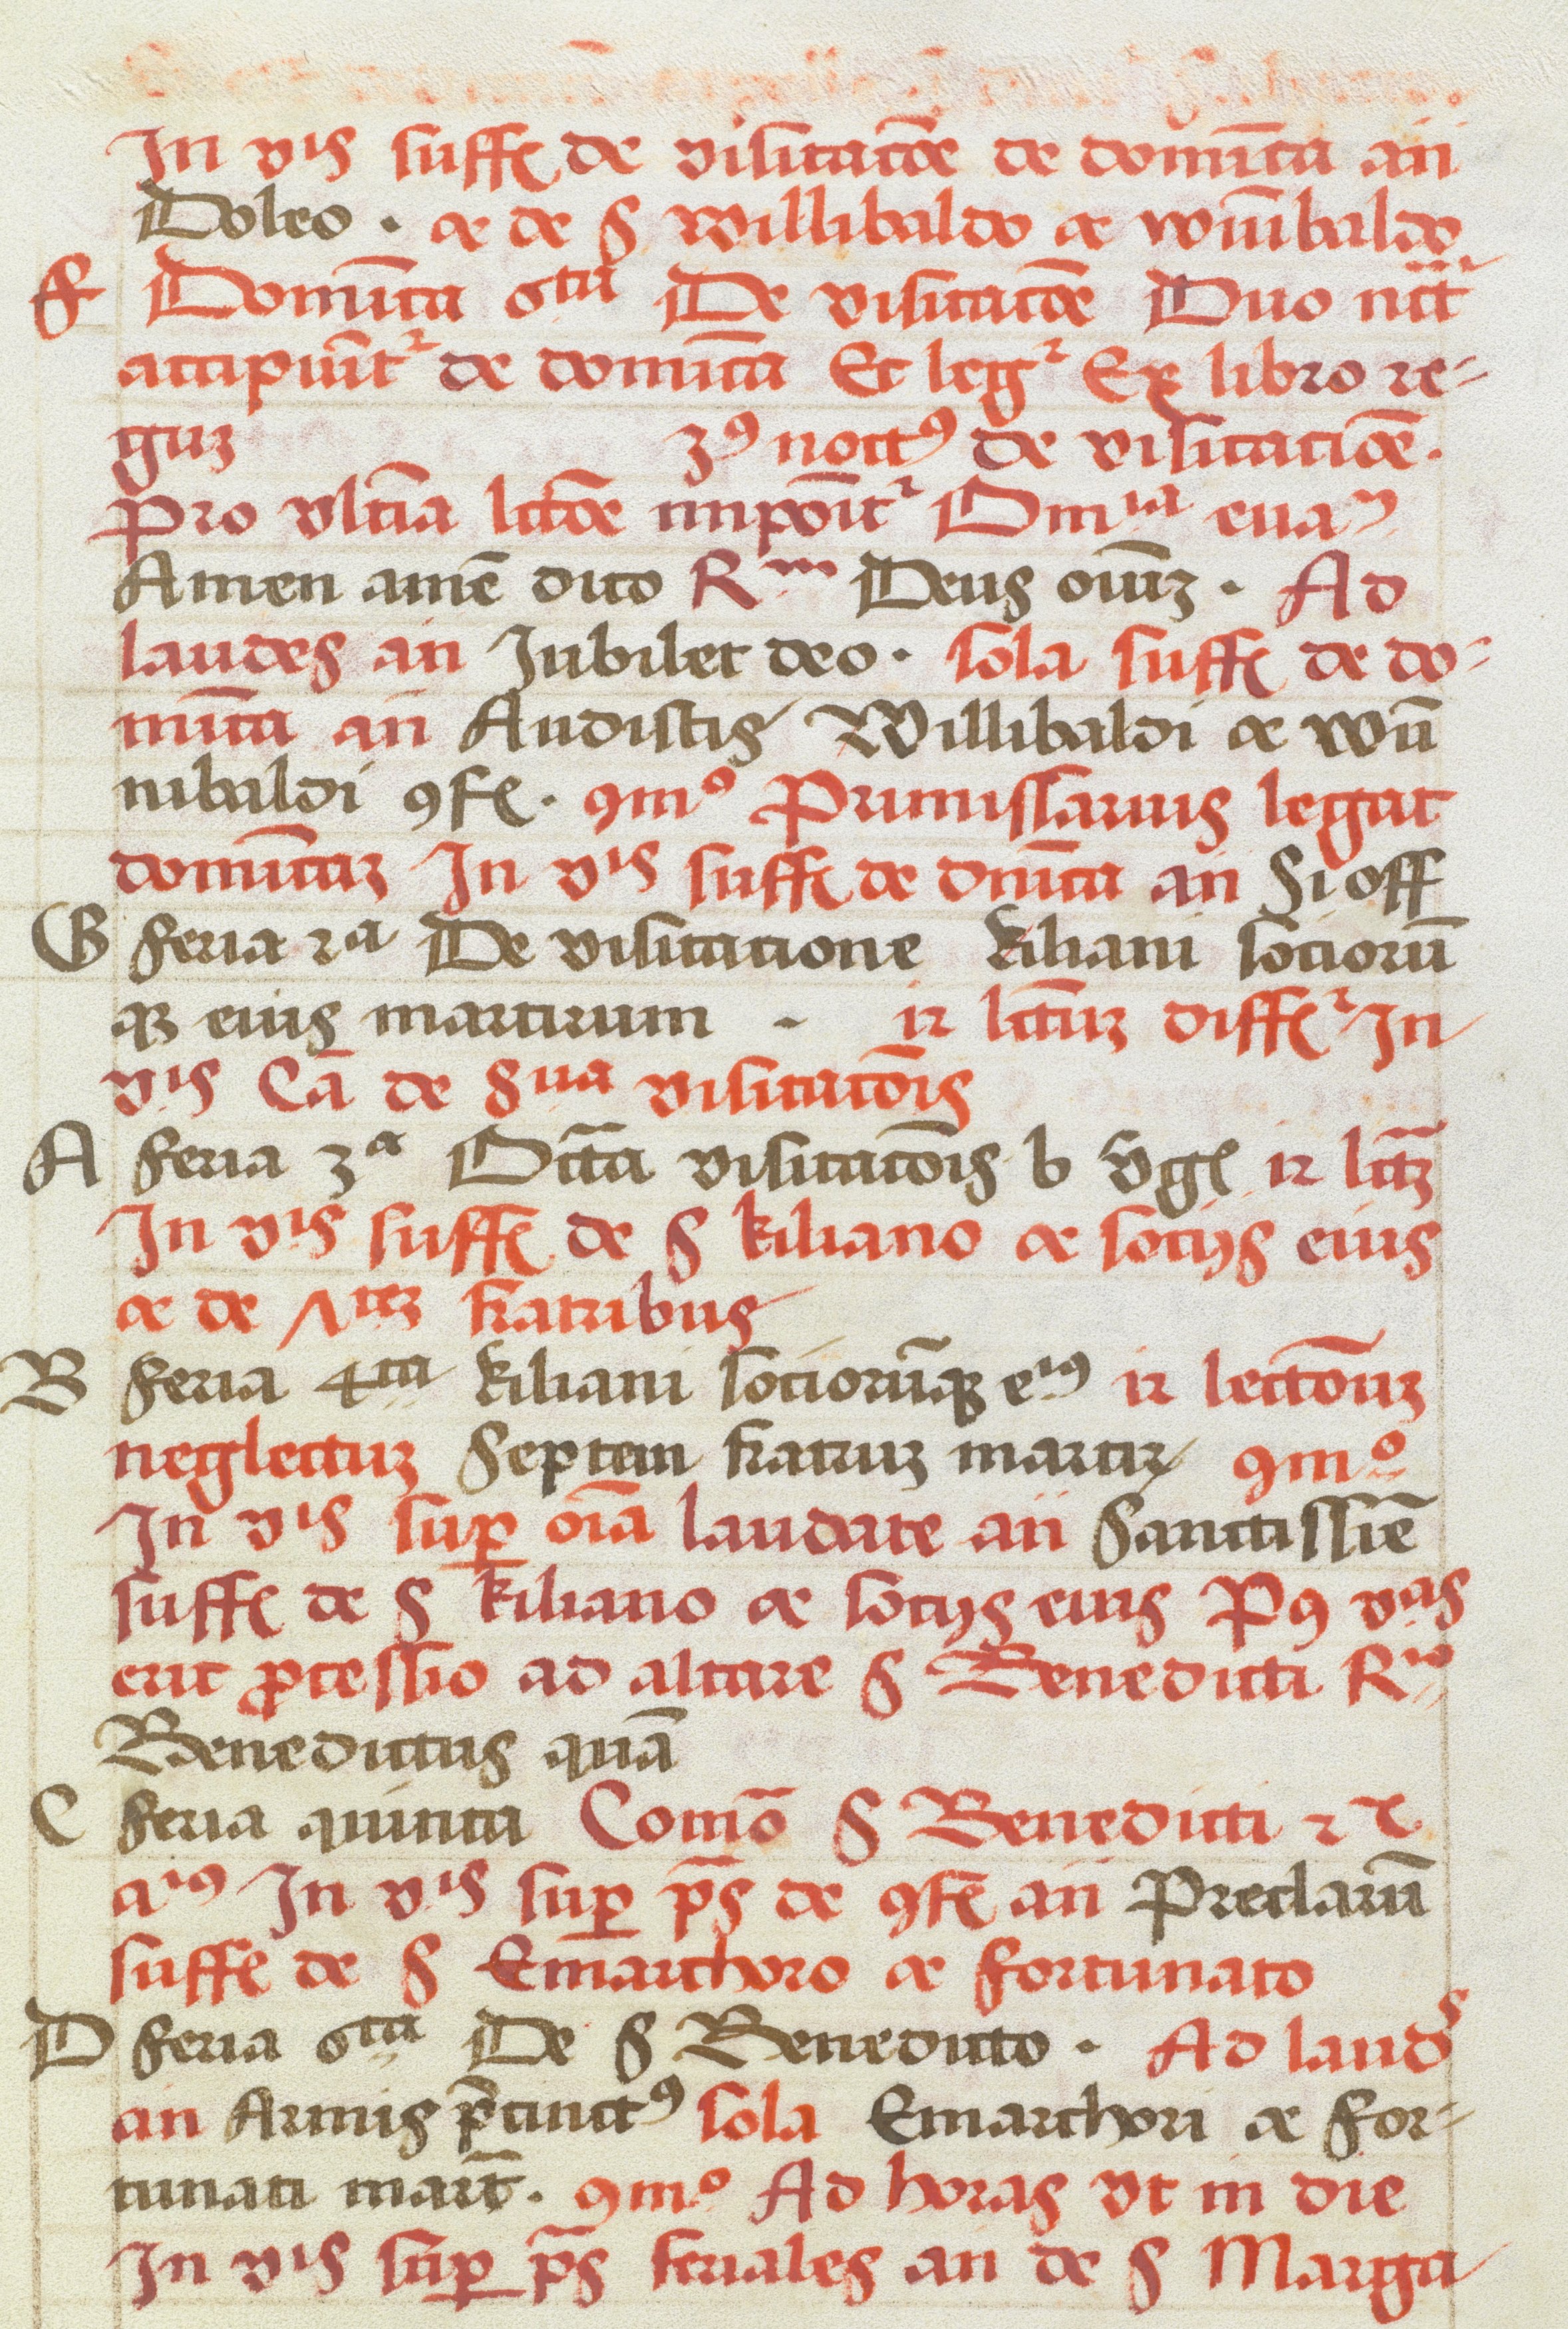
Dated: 1505–1535